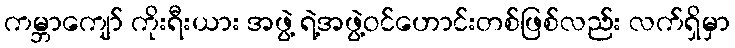
ကမ္ဘာကျော် ကိုးရီးယား အဖွဲ့ ရဲ့အဖွဲ့ဝင်ဟောင်းတစ်ဖြစ်လည်း လက်ရှိမှာ